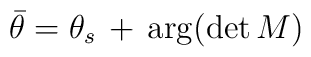
{\bar \theta} = \theta_{s} \,+\, \arg (\det M)